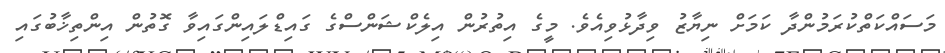
މަސައްކަތްކުރަމުންދާ ކަމަށް ނިޔާޒު ވިދާޅުވިއެވެ. މީގެ އިތުރުން އިލެކްޝަންސްގެ ގައިޑްލައިންގައިވާ ގޮތުން އިންތިޚާބުގައި